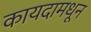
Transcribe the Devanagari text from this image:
कायदामधून